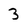
Character: 3